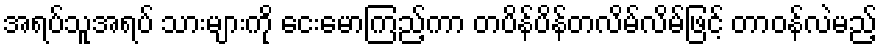
အရပ်သူအရပ် သားများကို ငေးမောကြည့်ကာ တပိန်ပိန်တလိမ်လိမ်ဖြင့် တာဝန်လဲမည့်